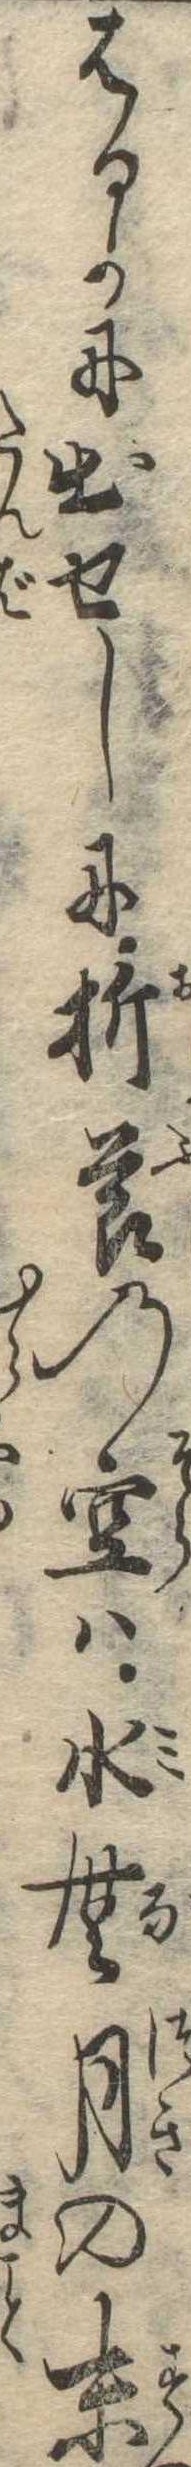
はるかに出せしに折節の空は水無月の末